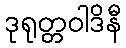
ဒုရုတ္တဝါဒိနီ